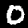
Digit: 0